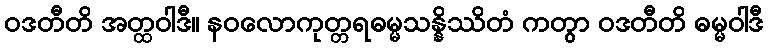
ဝဒတီတိ အတ္ထဝါဒီ။ နဝလောကုတ္တရဓမ္မသန္နိဿိတံ ကတွာ ဝဒတီတိ ဓမ္မဝါဒီ